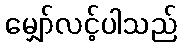
မျှော်လင့်ပါသည်